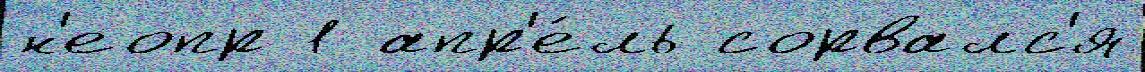
н'еопр 1 апр'е́ль сорвалс'я